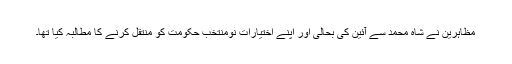
مظاہرین نے شاہ محمد سے آئین کی بحالی اور اپنے اختیارات نومنتخب حکومت کو منتقل کرنے کا مطالبہ کیا تھا۔